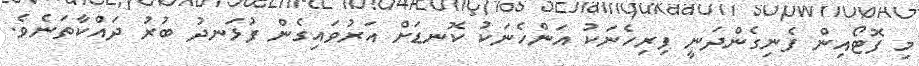
މި ފޮޓޯއިން ފެނިގެންދަނީ ފިރިހެނަކު އަންހެނަކު ކޮނޑަށް އަރުވައިގެން ފުޅަނދު ބުރު ދައްކާތަނެވެ.